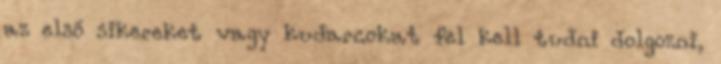
az első sikereket vagy kudarcokat fel kell tudni dolgozni,